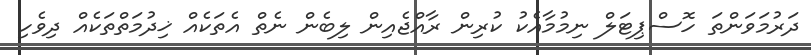
ދަރުމަވަންތަ ހޮސްޕިޓަލް ނިމުމާއެކު ކުރިން ރާއްޖެއިން ލިބެން ނެތް އެތަކެއް ޚިދުމަތްތަކެއް ދިވެހި